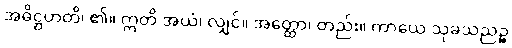
အဓိဋ္ဌဟတိ၊ ၏။ ဣတိ အယံ၊ လျှင်။ အတ္ထော၊ တည်း။ ကာယေ သုခသညဉ္စ